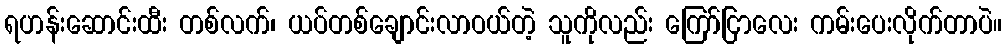
ရဟန်းဆောင်းထီး တစ်လက်၊ ယပ်တစ်ချောင်းလာဝယ်တဲ့ သူကိုလည်း ကြော်ငြာလေး ကမ်းပေးလိုက်တာပဲ။